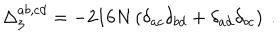
LaTeX: \Delta _ { 3 } ^ { a b , c d } = - 2 1 6 N \left( \delta _ { a c } \delta _ { b d } + \delta _ { a d } \delta _ { b c } \right) \ .